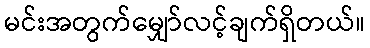
မင်းအတွက်မျှော်လင့်ချက်ရှိတယ်။